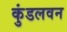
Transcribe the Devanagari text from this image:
कुंडलवन